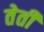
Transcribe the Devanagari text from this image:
तेती